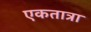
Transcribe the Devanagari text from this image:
एकतात्रा